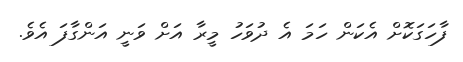
ފާހަގަކޮޮށް އެކަން ހަމަ އެ ދުވަހު މީރާ އަށް ވަނީ އަންގާފަ އެވެ.